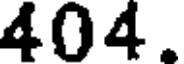
404.